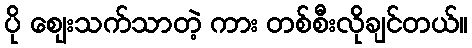
ပို ဈေးသက်သာတဲ့ ကား တစ်စီးလိုချင်တယ်။